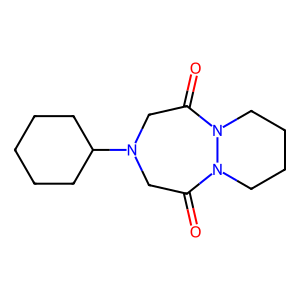
SMILES: O=C1CN(C2CCCCC2)CC(=O)N2CCCCN12
Inhibits HIV replication: No